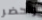
واحضر